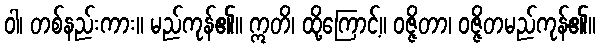
ဝါ၊ တစ်နည်းကား။ မည်ကုန်၏။ ဣတိ၊ ထို့ကြောင့်။ ဝဇ္ဇိတာ၊ ဝဇ္ဇိတမည်ကုန်၏။